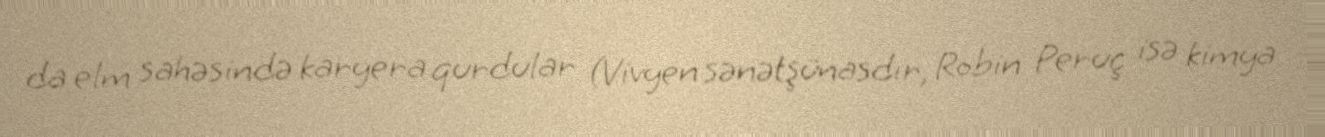
da elm sahəsində karyera qurdular (Vivyen sənətşünasdır, Robin Peruç isə kimya